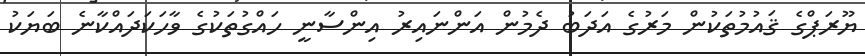
ޔޫރަޕްގެ ޤައުމުތަކުން މަރުގެ އަދަބު ދެމުން އަންނައިރު އިންސާނީ ހައްގުތަކުގެ ވާހަކަދައްކާނެ ބަޔަކު